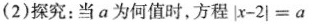
(2)探究：当a为何值时，方程＄＄| x - 2 | = a＄＄